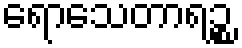
ရောသေတာရဉ္စ